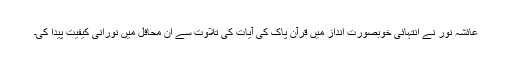
عائشہ نور نے انتہائی خوبصورت انداز میں قرآن پاک کی آیات کی تلاوت سے ان محافل میں نورانی کیفیت پیدا کی۔